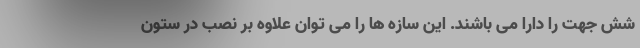
شش جهت را دارا می باشند. این سازه ها را می توان علاوه بر نصب در ستون